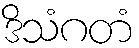
ဒိသံဂတံ